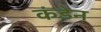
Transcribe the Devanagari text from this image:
कंडेन